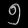
Digit: ၅